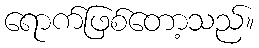
ရောက်ဖြစ်တော့သည်။